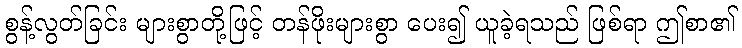
စွန့်လွတ်ခြင်း များစွာတို့ဖြင့် တန်ဖိုးများစွာ ပေး၍ ယူခဲ့ရသည် ဖြစ်ရာ ဤစာ၏